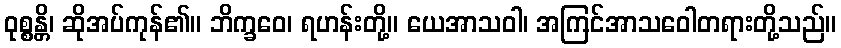
ဝုစ္စန္တိ၊ ဆိုအပ်ကုန်၏။ ဘိက္ခဝေ၊ ရဟန်းတို့။ ယေအာသဝါ၊ အကြင်အာသဝေါတရားတို့သည်။